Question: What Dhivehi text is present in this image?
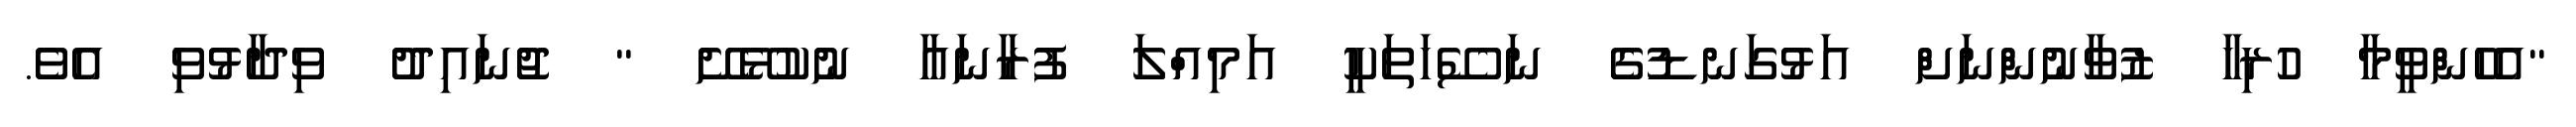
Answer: "އެހެންވީމާ ހުރިހާ ޒުވާނުންނަށް އަޅުގަނޑުގެ ނަސޭހަތަކީ އަމިއްލަ ފުރާނައާ ނުކުޅޭށޭ " ޖުނައިދު ވިދާޅުވި އެވެ.